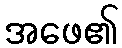
အဖေ၏